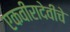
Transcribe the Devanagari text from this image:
एकवीरादेवीचे